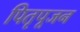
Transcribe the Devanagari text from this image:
पितृपूजन